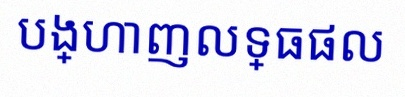
បង្ហាញលទ្ធផល